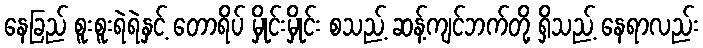
နေခြည် စူးစူးရဲရဲနှင့် တောရိပ် မှိုင်းမှိုင်း စသည့် ဆန့်ကျင်ဘက်တို့ ရှိသည့် နေရာလည်း